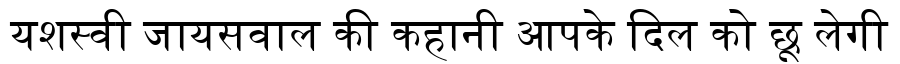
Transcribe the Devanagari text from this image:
यशस्वी जायसवाल की कहानी आपके दिल को छू लेगी